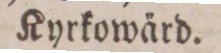
Kyrkowärd.